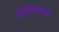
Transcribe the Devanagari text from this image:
संतानयश